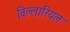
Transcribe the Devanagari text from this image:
विल्लारियल